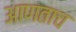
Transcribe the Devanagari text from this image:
आणताच